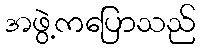
အဖွဲ့ကပြောသည်